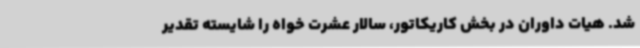
شد. هیات داوران در بخش کاریکاتور، سالار عشرت خواه را شایسته تقدیر